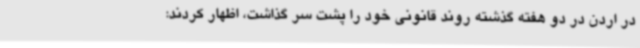
در اردن در دو هفته گذشته روند قانونی خود را پشت سر گذاشت، اظهار کردند: